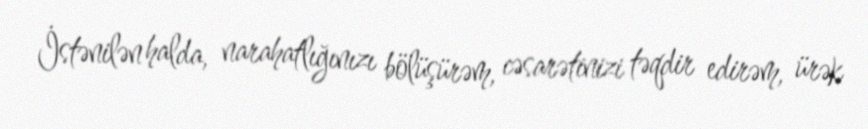
İstənilən halda, narahatlığınızı bölüşürəm, cəsarətinizi təqdir edirəm, ürək